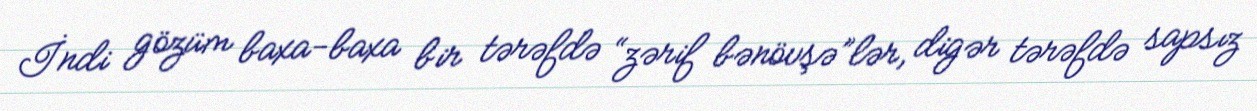
İndi gözüm baxa-baxa bir tərəfdə “zərif bənövşə”lər, digər tərəfdə sapsız